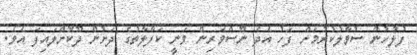
ފުލުހުން ސުވާލުކުރުމަށް ފަހު އެދެ ނޫސްވެރިން ވަނީ ކަފާލާތުގެ ދަށުން ދޫކޮށްލައިފަ އެވެ.